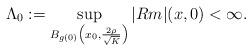
LaTeX: \begin{align*}\Lambda_0:=\sup_{B_{g(0)}\left(x_0,\frac{2\rho}{\sqrt{K}}\right)}|Rm|(x,0)<\infty.\end{align*}